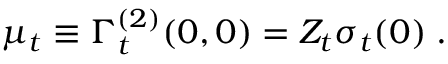
\mu _ { t } \equiv \Gamma _ { t } ^ { ( 2 ) } ( 0 , 0 ) = Z _ { t } \sigma _ { t } ( 0 ) \; .